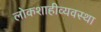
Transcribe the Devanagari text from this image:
लोकशाहीव्यवस्था